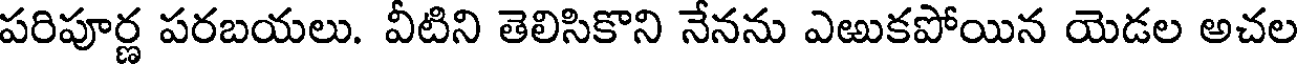
పరిపూర్ణ పరబయలు. వీటిని తెలిసికొని నేనను ఎఱుకపోయిన యెడల అచల